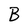
Character: B